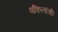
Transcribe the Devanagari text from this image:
वकिलांची